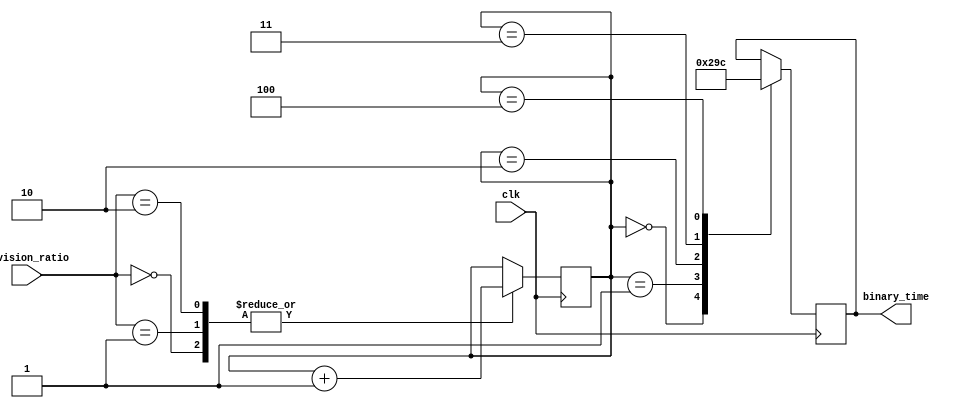
module clock_divider (
    input clk,
    input [2:0] division_ratio,
    output reg [2:0] binary_time
);

reg [2:0] count;

always @ (posedge clk) begin
    case (division_ratio)
        3'b000: count <= count + 1; // divide by 2
        3'b001: count <= count + 1; // divide by 4
        3'b010: count <= count + 1; // divide by 8
        // add more cases for other division ratios as needed
        default: count <= count;
    endcase
end

always @ (posedge clk) begin
    case (count)
        3'b000: binary_time <= 3'b000; // time for count 0
        3'b001: binary_time <= 3'b001; // time for count 1
        3'b010: binary_time <= 3'b010; // time for count 2
        3'b011: binary_time <= 3'b011; // time for count 3
        3'b100: binary_time <= 3'b100; // time for count 4
        // add more cases for other count values as needed
        default: binary_time <= binary_time;
    endcase
end

endmodule